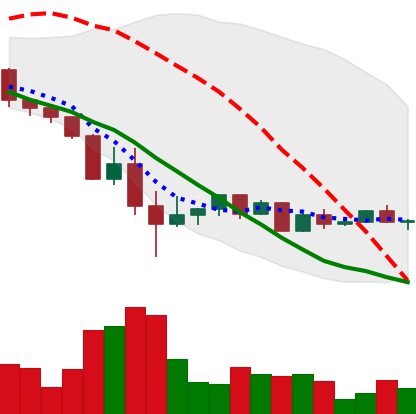
Ticker: ETH-USD
Chart end date: 2022-05-24
Forward return: -8.436%
Label: down_7plus